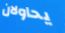
يحاولان